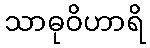
သာဓုဝိဟာရိ